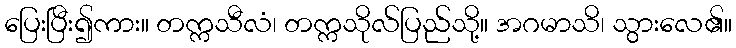
ပြေးပြီး၍ကား။ တက္ကသီလံ၊ တက္ကသိုလ်ပြည်သို့။ အဂမာသိ၊ သွားလေ၏။